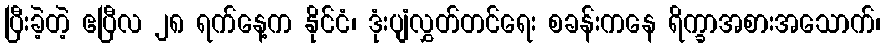
ပြီးခဲ့တဲ့ ဧပြီလ ၂၈ ရက်နေ့က နိုင်ငံ၊ ဒုံးပျံလွှတ်တင်ရေး စခန်းကနေ ရိက္ခာအစားအသောက်၊